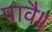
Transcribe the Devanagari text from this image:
पावै॥